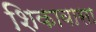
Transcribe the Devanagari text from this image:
शिकावासा